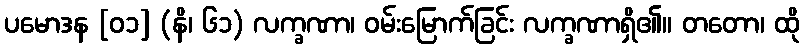
ပမောဒန [၀၁] (နိ၊ ၆၁) လက္ခဏာ၊ ဝမ်းမြောက်ခြင်း လက္ခဏာရှိ၏။ တတော၊ ထို